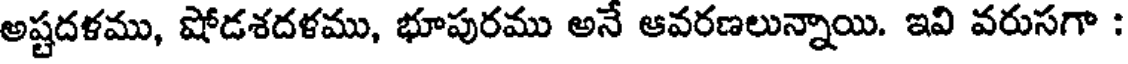
అష్టదళము, షోడశదళము, భూపురము అనే ఆవరణలున్నాయి. ఇవి వరుసగా :